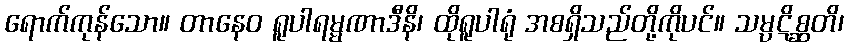
ရောက်ကုန်သော။ တာနေဝ ရူပါရမ္မဏာဒီနိ၊ ထိုရူပါရုံ အစရှိသည်တို့ကိုပင်။ သမ္ပဋိစ္ဆတိ၊